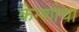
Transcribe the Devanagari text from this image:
केन्शोचा